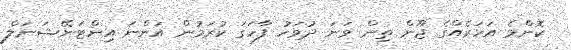
ކޮންމެ އަހަރެއްގެ ޖޫން ތިން ވަނަ ދުވަހު ފާހަގަ ކުރަމުން އަންނަ އިންޓަނޭޝަނަލް